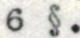
6 §.